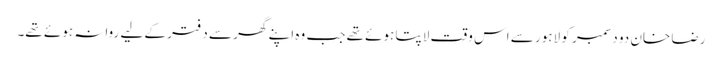
رضا خان دو دسمبر کو لاہور سے اس وقت لاپتا ہوئے تھے جب وہ اپنے گھر سے دفتر کے لیے روانہ ہوئے تھے۔